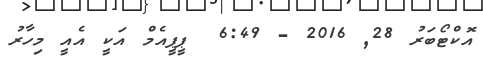
އޮކްޓޯބަރު 28